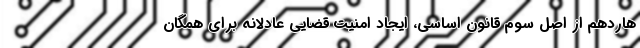
هاردهم از اصل سوم قانون اساسی، ایجاد امنیت قضایی عادلانه برای همگان